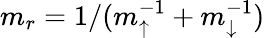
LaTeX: m_{r}=1/(m_{\uparrow}^{-1}+m_{\downarrow}^{-1})